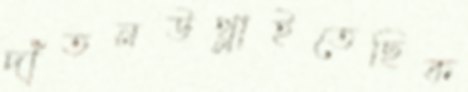
দাঁতনউথ্‌লাইতেছিক